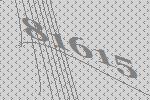
81615